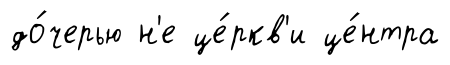
до́черью н'е це́ркв'и це́нтра